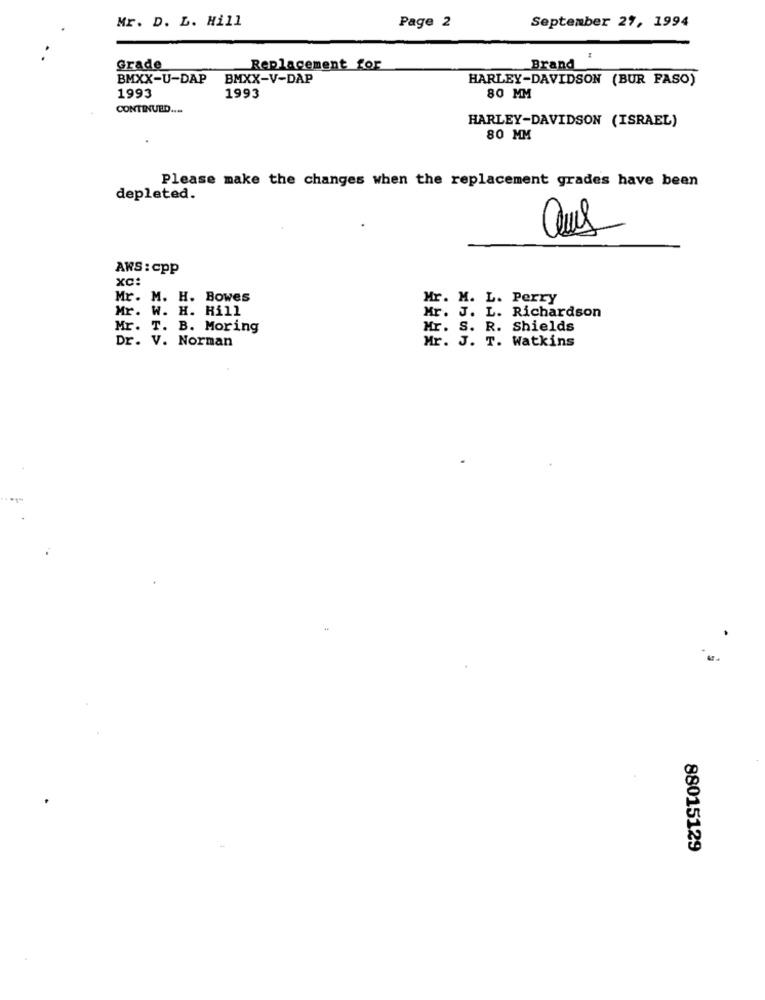
Mr. D. L. Hill
Page 2
September 27, 1994
Grade
Replacement for
Brand
BMXX-U-DAP
BMXX-V-DAP
HARLEY-DAVIDSON (BUR FASO)
1993
1993
80 MM
CONTINUED ....
HARLEY-DAVIDSON (ISRAEL)
80 MM
Please make the changes when the replacement grades have been
depleted.
ANS : cpp
XC:
Mr. M. H. Bowes
Mr. M. L. Perry
Mr. W. H. Hill
Mr. J. L. Richardson
Mr. T. B. Moring
Mr. S. R. Shields
Dr. V. Norman
Mr. J. T. Watkins
88015129